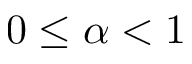
0 \leq \alpha < 1